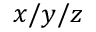
x / y / z